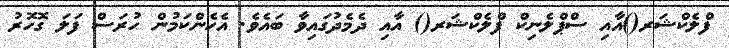
ފްލެކްޝަރ()އާއި ސްޕްލެނިކް ފްލެކްޝަރ() އާއި ދެމެދުގައިވާ ބައެވެ. އެހެންކަމުން ހުރަސް ފަލަ ގޮހޮރު